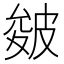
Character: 皴